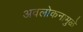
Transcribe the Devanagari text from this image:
अवलोकनामुळे